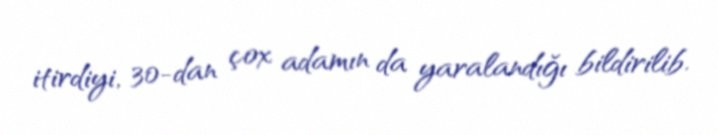
itirdiyi, 30-dan çox adamın da yaralandığı bildirilib.